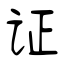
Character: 证